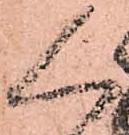
人